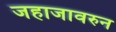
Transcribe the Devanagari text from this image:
जहाजावरुन